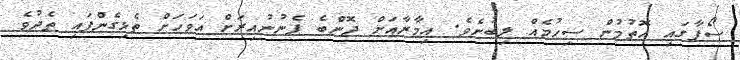
ސޯފާގައި އޮތުމުން ސިހުމެއް ލިބުނެވެ. އިމާރާއަށް ދޮންބެ ފެނުނުއިރަށް އަވަހަށް ތެޅިގެންފައި ތެދުވެ